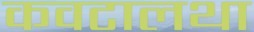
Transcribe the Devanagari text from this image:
कवटालथा